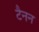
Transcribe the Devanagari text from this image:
टैनन